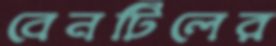
বেনটিলের